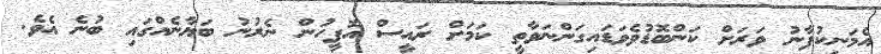
އެމަނިކުފާނު ވަރަށް ކަންބޮޑުވެވަޑައިގަންނަވާތީ ކަމަށް ރައީސް އޮފީހުން ނެރުނު ބަޔާނެއްގައި ބުނެ އެވެ.